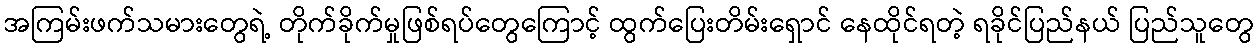
အကြမ်းဖက်သမားတွေရဲ့ တိုက်ခိုက်မှုဖြစ်ရပ်တွေကြောင့် ထွက်ပြေးတိမ်းရှောင် နေထိုင်ရတဲ့ ရခိုင်ပြည်နယ် ပြည်သူတွေ